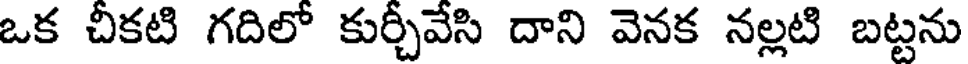
ఒక చీకటి గదిలో కుర్చీవేసి దాని వెనక నల్లటి బట్టను